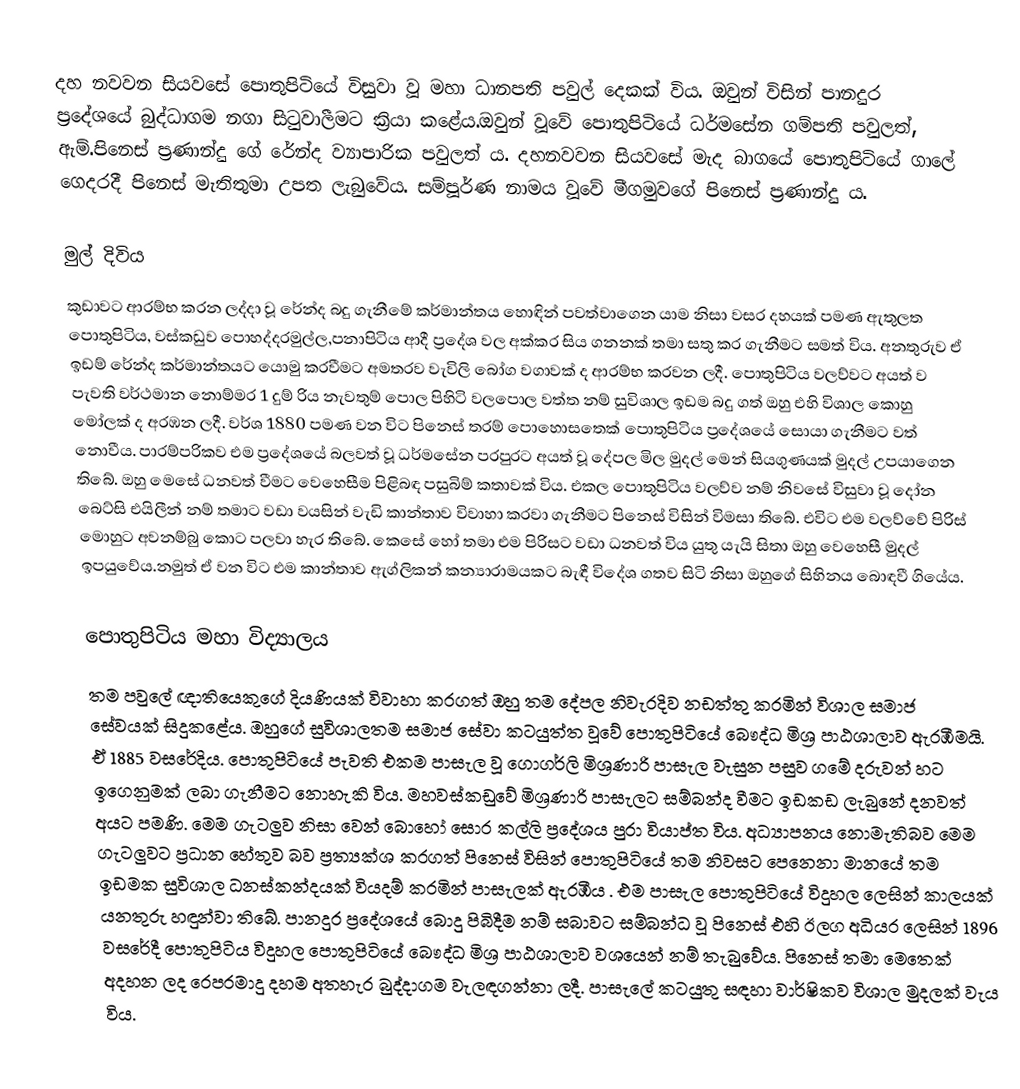
දහ නවවන සියවසේ පොතුපිටියේ විසුවා වූ මහා ධානපති පවුල් දෙකක් විය. ඔවුන් විසින් පානදුර ප්‍රදේශයේ බුද්ධාගම නගා සිටුවාලීමට ක්‍රියා කළේය.ඔවුන් වූවේ පොතුපිටියේ ධර්මසේන ගම්පති පවුලත්, ඇම්.පිනෙස් ප්‍රණාන්දු ගේ රේන්ද ව්‍යාපාරික පවුලත්‍ ය. දහනවවන සියවසේ මැද බාගයේ පොතුපිටියේ ගාලේ ගෙදරදී  පිනෙස් මැතිතුමා උපත ලැබුවේය. සම්පූර්ණ නාමය වූවේ මීගමුවගේ පිනෙස් ප්‍රණාන්දු ය.

මුල් දිවිය
කුඩාවට ආරම්භ කරන ලද්දා වූ රේන්ද බදු ගැනීමේ කර්මාන්තය හොඳින් පවත්වාගෙන යාම නිසා වසර දහයක් පමණ ඇතුලත පොතුපිටිය, වස්කඩුව පොහද්දරමුල්ල,පනාපිටිය ආදී ප්‍රදේශ වල අක්කර සිය ගනනක් තමා සතු කර ගැනීමට සමත් විය. අනතුරුව ඒ ඉඩම්  රේන්ද කර්මාන්තයට යොමු කරවීමට අමතරව වැවිලි බෝග වගාවක් ද ආරම්භ කරවන ලදී. පොතුපිටිය වලව්වට අයත් ව පැවති වර්ථමාන නොම්මර 1 දුම්‍ රිය නැවතුම් පොල පිහිටි වලපොල වත්ත නම් සුවිශාල ඉඩම බදු ගත් ඔහු එහි විශාල කොහු මෝලක් ද අරඹන ලදී. වර්ශ 1880 පමණ වන විට පිනෙස් තරම් පොහොසතෙක් පොතුපිටිය ප්‍රදේශයේ සොයා ගැනීමට වත් නොවීය. පාරම්පරිකව එම ප්‍රදේශයේ බලවත් වූ ධර්මසේන පරපුරට අයත් වූ දේපල මිල මුදල් මෙන් සියගුණයක් මුදල් උපයාගෙන තිබේ. ඔහු මෙසේ ධනවත් වීමට වෙහෙසීම පිළිබඳ පසුබිම් කතාවක් විය. එකල පොතුපිටිය වලව්ව නම් නිවසේ විසුවා වූ දෝන බෙට්සි එයිලීන් නම් තමාට වඩා වයසින් වැඩි කාන්තාව විවාහා කරවා ගැනීමට පිනෙස් විසින් විමසා තිබේ. එවිට එම වලව්වේ පිරිස් මොහුට අවනම්බු කොට පලවා හැර තිබේ. කෙසේ හෝ තමා එම පිරිසට වඩා ධනවත් විය යුතු යැයි සිතා ඔහු වෙහෙසී මුදල් ඉපයුවේය.නමුත් ඒ වන විට එම කාන්තාව ඇග්ලිකන් කන්‍යාරාමයකට බැඳී විදේශ ගතව සිටි නිසා ඔහුගේ සිහිනය බොඳවී ගියේය.

පොතුපිටිය මහා විද්‍යාලය
තම පවුලේ ඥාතියෙකුගේ දියණියක් විවාහා කරගත් ඔහු තම දේපල නිවැරදිව නඩත්තු කරමින් විශාල සමාජ සේවයක් සිදුකළේය. ඔහුගේ සුවිශාලතම සමාජ සේවා කටයුත්ත වූවේ පොතුපිටියේ බෞද්ධ මිශ්‍ර පාඨශාලාව ඇරඹීමයි. ඒ 1885 වසරේදිය. පොතුපිටියේ පැවති එකම පාසැල වූ ගොගර්ලි මිශ්‍රණාරි පාසැල වැසුන පසුව ගමේ දරුවන් හට ඉගෙනුමක් ලබා ගැනීමට නොහැකි විය. මහවස්කඩුවේ මිශ්‍රණාරි පාසැලට සම්බන්ද වීමට ඉඩකඩ ලැබුනේ දනවත් අයට පමණි. මෙම ගැටලුව නිසා වෙන් බොහෝ සොර කල්ලි ප්‍රදේශය පුරා වියාප්ත විය.  අධ්‍යාපනය නොමැතිබව මෙම ගැටලුවට ප්‍රධාන හේතුව බව ප්‍රත්‍යක්ශ කරගත් පිනෙස් විසින් පොතුපිටියේ තම නිවසට පෙනෙනා මානයේ තම ඉඩමක සුවිශාල ධනස්කන්දයක් වියදම් කරමින් පාසැලක් ඇරඹීය . එම පාසැල පොතුපිටියේ විදුහල ලෙසින් කාලයක් යනතුරු හඳුන්වා තිබේ. පානදුර ප්‍රදේශයේ බොදු පිබිදීම නම් සබාවට සම්බන්ධ වූ පිනෙස් එහි ඊලග අධියර ලෙසින් 1896 වසරේදී පොතුපිටිය විදුහල පොතුපිටියේ බෞද්ධ මිශ්‍ර පාඨශාලාව වශයෙන් නම් තැබුවේය. පිනෙස් තමා මෙතෙක් අදහන ලද රෙපරමාදු දහම අතහැර බුද්දාගම වැලඳගන්නා ලදී. පාසැලේ කටයුතු සඳහා වාර්ෂිකව විශාල මුදලක් වැය විය.